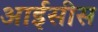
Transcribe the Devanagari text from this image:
आईसीस